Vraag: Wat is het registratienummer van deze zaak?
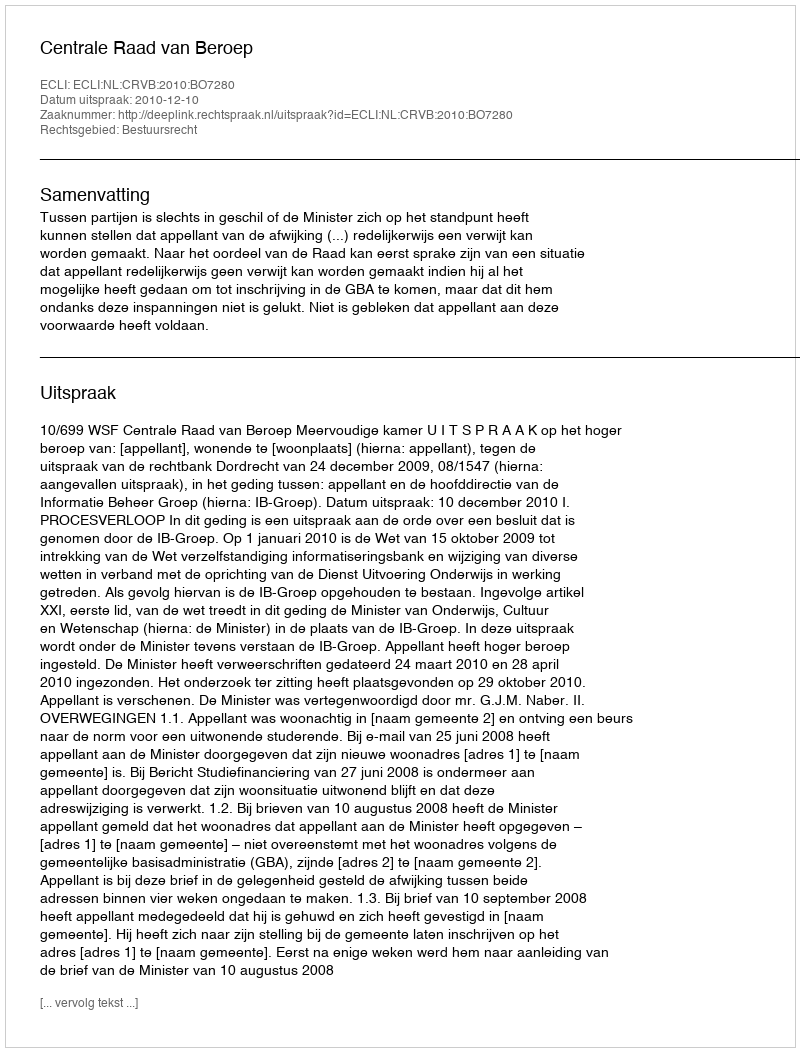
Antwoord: http://deeplink.rechtspraak.nl/uitspraak?id=ECLI:NL:CRVB:2010:BO7280